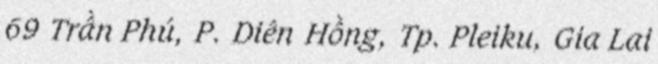
69 Trần Phú, P. Diên Hồng, Tp. Pleiku, Gia Lai